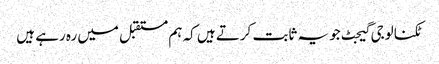
ٹکنالوجی گیجٹ جو یہ ثابت کرتے ہیں کہ ہم مستقبل میں رہ رہے ہیں